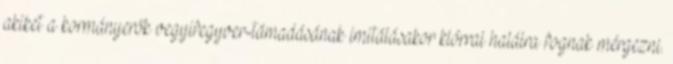
akiket a kormányerők vegyifegyver-támadásának imitálásakor klórral halálra fognak mérgezni.